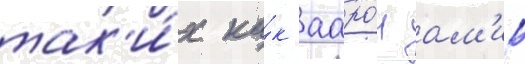
так'и́х ка́к ааро́н ам'ир